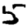
Digit: 5